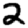
Digit: 2